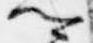
卿